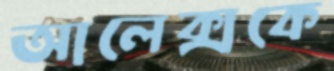
আলেক্সকে